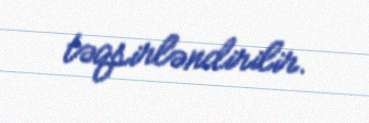
təqsirləndirilir.